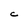
Character: C